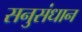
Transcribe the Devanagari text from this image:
सनुसंधान